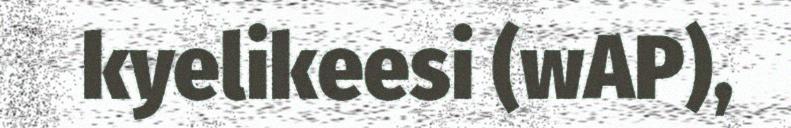
kyelikeesi (wAP),